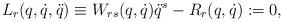
LaTeX: \begin{align*}L_r(q,\dot q,\ddot q) \equiv W_{rs}(q,\dot q)\ddot q^s - R_r(q,\dot q):= 0,\end{align*}